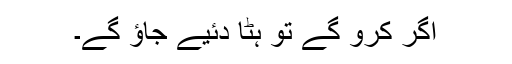
اگر کرو گے تو ہٹا دئیے جاؤ گے۔